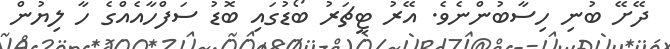
ދޭށޭ ބުނި ހިސާބުންނެވެ. އޭރު ޓީޗަރު ބޯޑުގައި ބޮޑު ސަފްހާއެއްގެ ހާ ލިޔުން